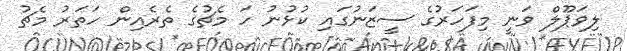
ލިވަޕޫލް ވަނީ މިފަހަރުގެ ސީޒަނުގައި ކުޅުނު ހަ މެޗުގެ ތެރެއިން ހަތަރު މެޗު